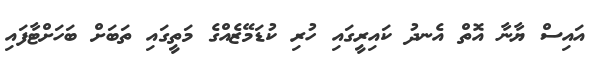
އައިސް ޔާނާ އޮތް އެނދު ކައިރީގައި ހުރި ކުޑަމޭޒެއްގެ މަތީގައި ތަބަށް ބަހަށްޓާފައި